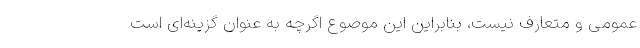
عمومی و متعارف نیست، بنابراین این موضوع اگرچه به عنوان گزینه‌ای است